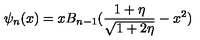
\psi _ { n } ( x ) = x B _ { n - 1 } ( { \frac { 1 + \eta } { \sqrt { 1 + 2 \eta } } } - x ^ { 2 } )